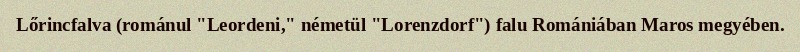
Lőrincfalva (románul "Leordeni," németül "Lorenzdorf") falu Romániában Maros megyében.